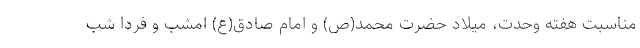
مناسبت هفته وحدت، میلاد حضرت محمد(ص) و امام صادق(ع) امشب و فردا شب